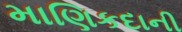
માણિકદાની